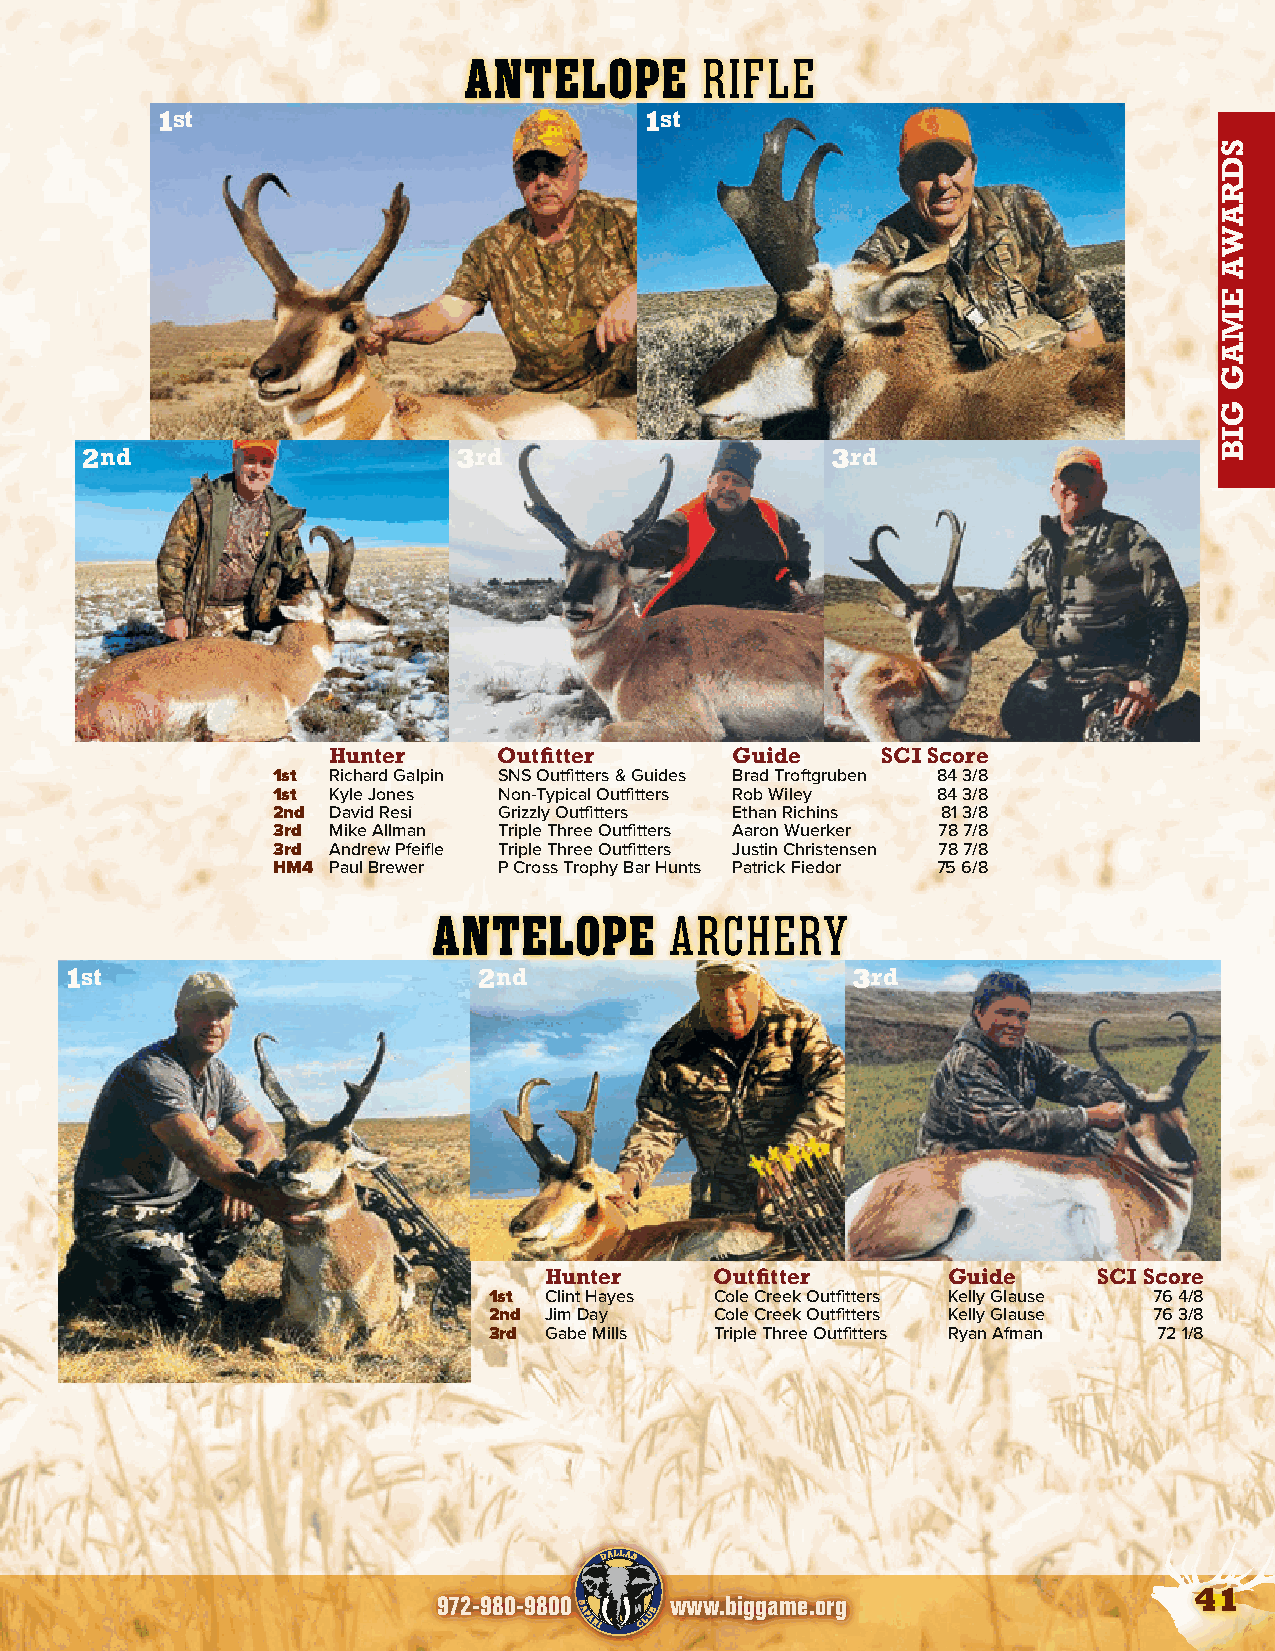
BEAR                           ANTELOPE        RIFLE
 1st                              1st
 2nd                      3rd                      3rd
 MOUNTAIN LION
 Hunter     Outfitter      Guide     SCI Score
 1st Richard Galpin SNS Outfitters & Guides Brad Troftgruben 84 3/8
 1st Kyle Jones Non-Typical Outfitters Rob Wiley 84 3/8
 2nd David Resi Grizzly Outfitters Ethan Richins 81 3/8
 3rd Mike Allman Triple Three Outfitters Aaron Wuerker 78 7/8
 3rd Andrew Pfeifle Triple Three Outfitters Justin Christensen 78 7/8
 HM4 Paul Brewer P Cross Trophy Bar Hunts Patrick Fiedor 75 6/8
 ANTELOPE       ARCHERY
 1st                         2nd                     3rd
 ESTATE BISON
 Hunter     Outfitter       Guide     SCI Score
 1st Clint Hayes Cole Creek Outfitters Kelly Glause 76 4/8
 2nd Jim Day    Cole Creek Outfitters Kelly Glause 76 3/8
 3rd Gabe Mills Triple Three Outfitters Ryan Afman 72 1/8
 41
 972-980-9800   www.biggame.org
 SDRAWA
 EMAG
 GIB